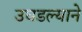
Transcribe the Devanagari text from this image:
उघडल्याने